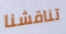
تناقشنا